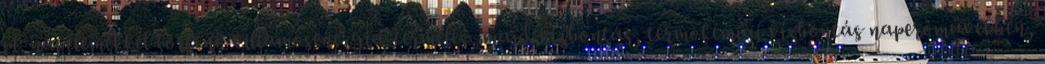
pl. napelemekkel történő villamosenergia-termelés, majd vízbontás, termokémiai vízbontás naperőművekben,